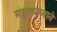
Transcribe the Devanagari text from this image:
महाकाव्याने